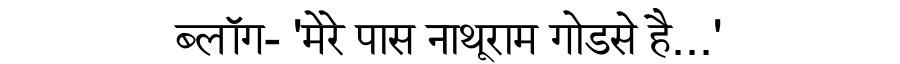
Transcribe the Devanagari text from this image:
ब्लॉग- 'मेरे पास नाथूराम गोडसे है...'